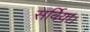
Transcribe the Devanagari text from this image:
सर्विया।